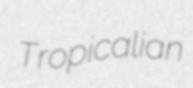
Tropicalian